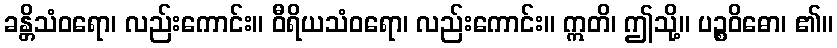
ခန္တိသံဝရော၊ လည်းကောင်း။ ဝီရိယသံဝရော၊ လည်းကောင်း။ ဣတိ၊ ဤသို့။ ပဉ္စဝိဓော၊ ၏။